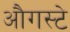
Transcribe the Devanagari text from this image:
औगस्टे